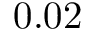
0 . 0 2